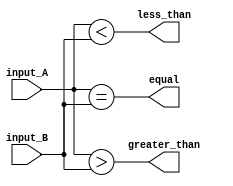
module parallel_comparator(
    input [7:0] input_A,
    input [7:0] input_B,
    output equal,
    output greater_than,
    output less_than
);

assign equal = (input_A == input_B);
assign greater_than = |(input_A > input_B);
assign less_than = |(input_A < input_B);

endmodule